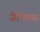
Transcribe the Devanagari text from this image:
जेन्किंस